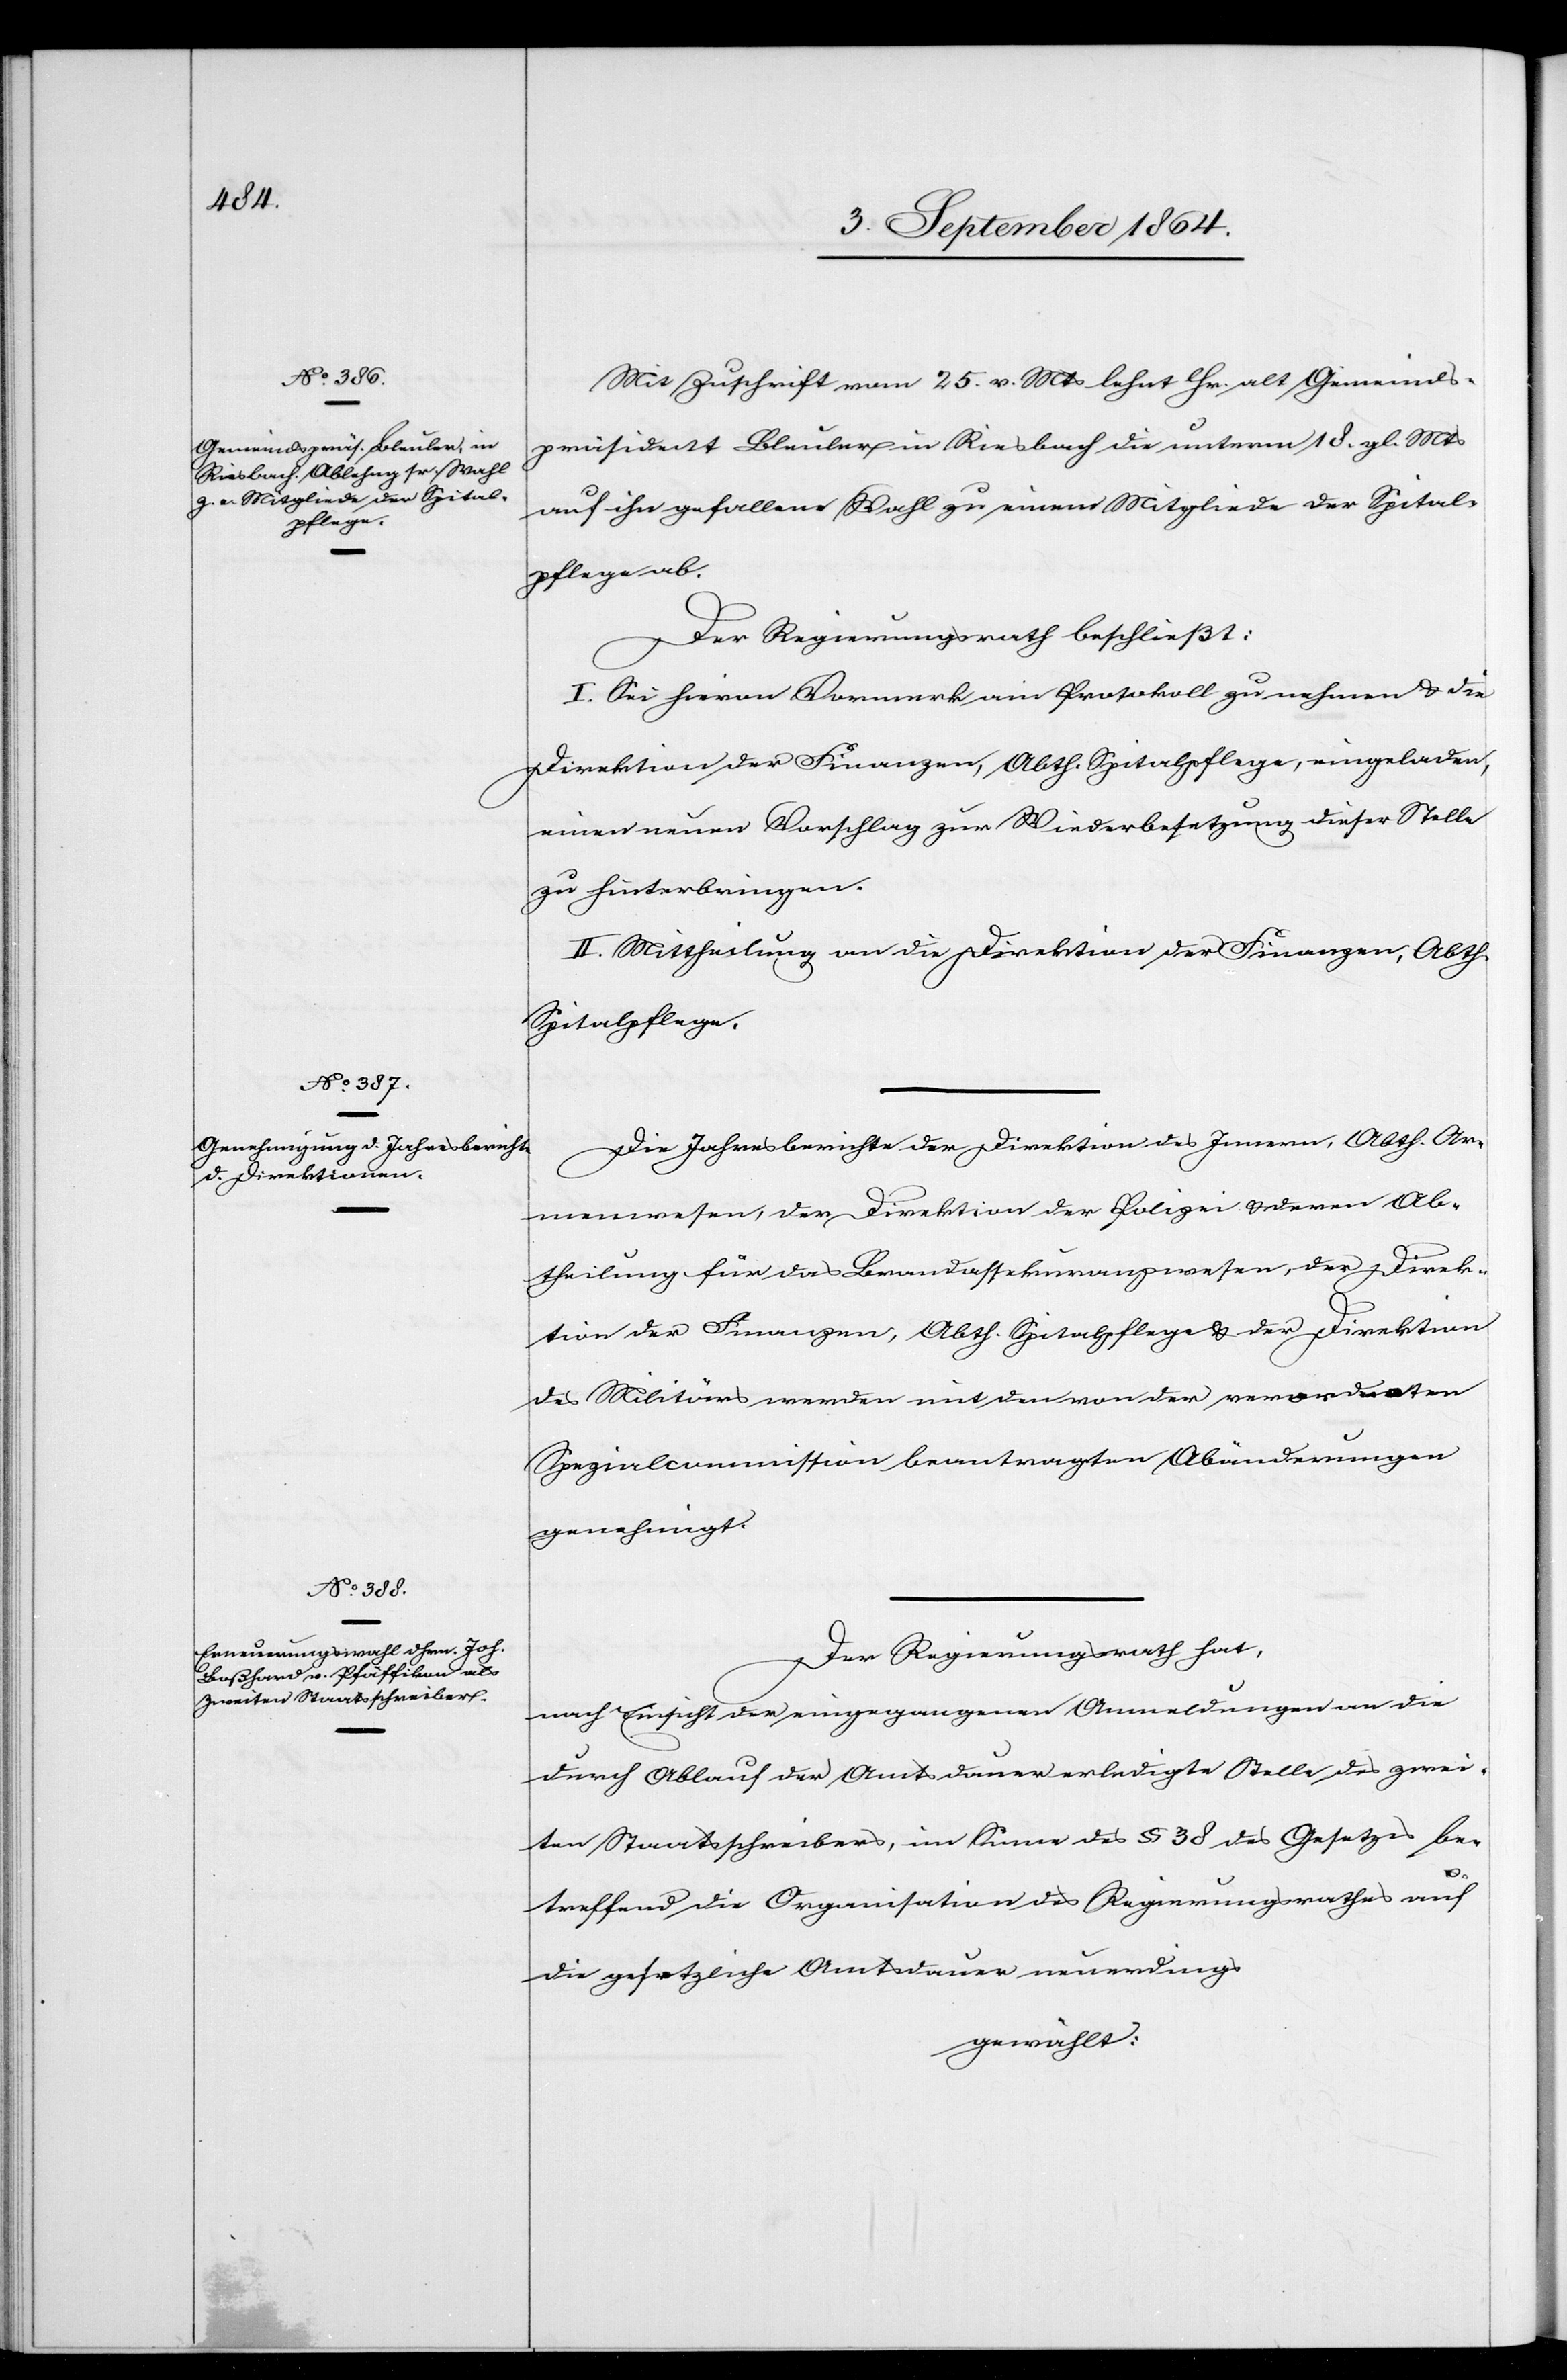
Mit Zuschrift vom 25. v. Mts lehnt Hr. alt Gemeinds¬
präsident Bleuler in Riesbach die unterm 18. gl. Mts
auf ihn gefallene Wahl zu einem Mitgliede der Spital¬
pflege ab.
Der Regierungsrath beschließt:
I. Sei hievon Vormerk am Protokoll zu nehmen & die
Direktion der Finanzen, Abtheilung Spitalpflege, eingeladen,
einen neuen Vorschlag zur Wiederbesetzung dieser Stelle
zu hinterbringen.
II. Mittheilung an die Direktion der Finanzen, Abth¬
Spitalpflege.
Die Jahresberichte der Direktion des Innern, Abth. Ar¬
eilung
menwesen, der Direktion der Polizei & deren Ab¬
theilung für das Brandassekuranzwesen, der Direk¬
tion der Finanzen, Abtheilung Spitalpflege & der Direktion
des Militärs werden mit den von der verordneten
Spezialcommission beantragten Abänderungen
genehmigt.
Der Regierungsrath hat,
nach Einsicht der eingegangenen Anmeldungen an die
durch Ablauf der Amtsdauer erledigte Stelle des zwei¬
ten Staatsschreibers, im Sinne des § 38 des Gesetzes be¬
treffend die Organisation des Regierungsrathes auf
die gesetzliche Amtsdauer neuerdings
gewählt: